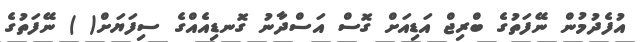
އުފެދުމުން ނޭފަތުގެ ބްރިޖް އަޑިއަށް ގޮސް އަސްދާނު ގޮނޑިއެއްގެ ސިފަޔަށް( ) ނޭފަތުގެ